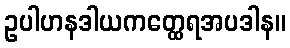
ဥပါဟနဒါယကတ္ထေရအပဒါန။